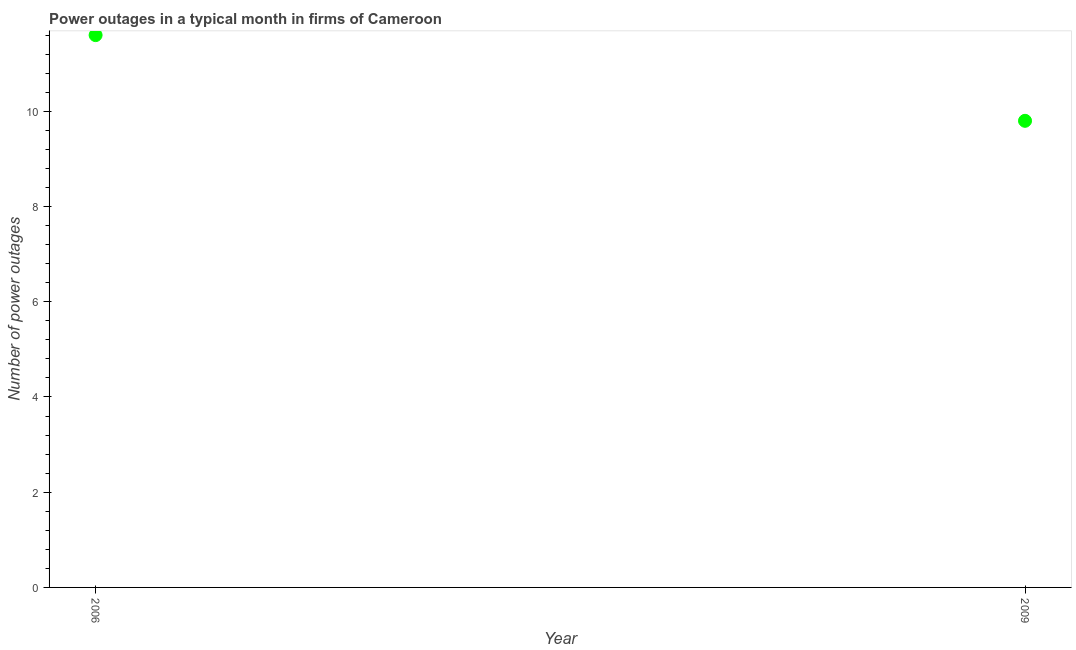
| Year | Power outages |
 | --- | --- |
 | 2006 | 11.6 |
 | 2009 | 9.8 |